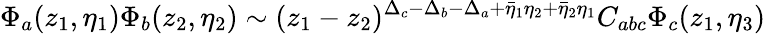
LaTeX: \Phi_{a}(z_{1},\eta_{1})\Phi_{b}(z_{2},\eta_{2})\sim(z_{1}-z_{2})^{\Delta_{c}-\Delta_{b}-\Delta_{a}+\bar{\eta}_{1}\eta_{2}+\bar{\eta}_{2}\eta_{1}}C_{abc}\Phi_{c}(z_{1},\eta_{3})